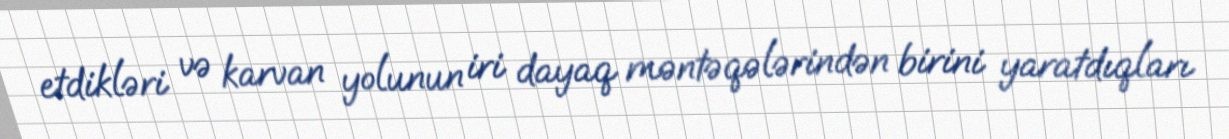
etdikləri və karvan yolunun iri dayaq məntəqələrindən birini yaratdıqları